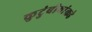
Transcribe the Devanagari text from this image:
कुटुंबीयांकडे